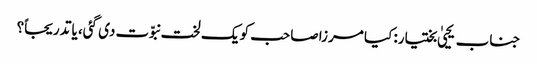
جناب یحییٰ بختیار: کیا مرزا صاحب کو یک لخت نبوّت دی گئی، یا تدریجاً؟